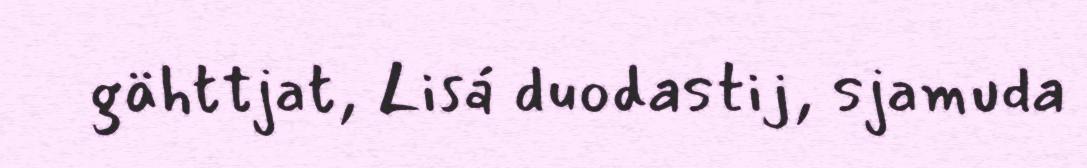
gähttjat, Lisá duodastij, sjamuda